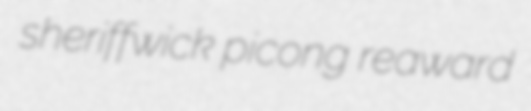
sheriffwick picong reaward